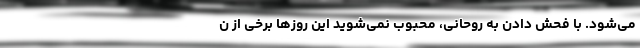
می‌شود. با فحش دادن به روحانی، محبوب نمی‌شوید این روزها برخی از ن